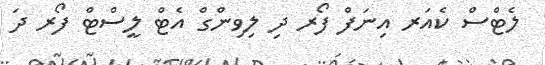
ލެޓްސް ކެއަރ އިނަފް ފޯރ ދި ލިވިންގް އެޓް ލީސްޓް ފޯރ ދަ